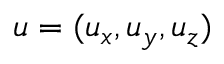
\boldsymbol { u } = ( u _ { x } , u _ { y } , u _ { z } )